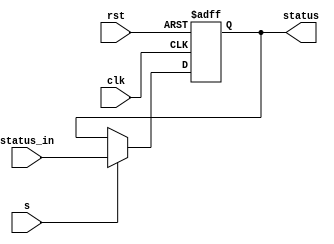

module Status_Register (
    input clk, rst,
    input s,
    input [3:0] status_in,

    output reg [3:0] status
);

  	// assign {z, c, n, v} = status;

	always@(negedge clk, posedge rst) 
	begin
		if (rst) status <= 0;
		else if (s) status <= status_in;
		else status <= status;
	end
	
endmodule